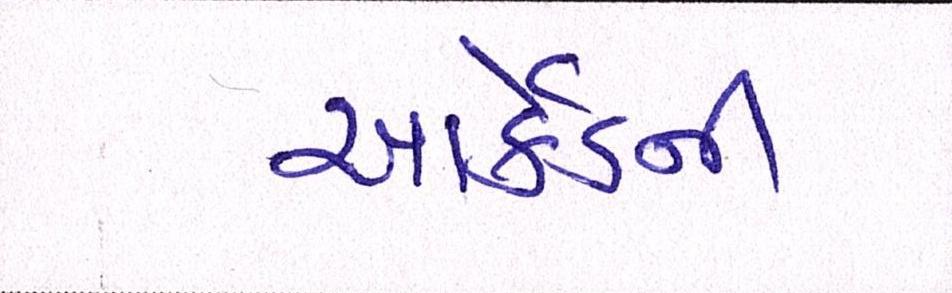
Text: આર્કેડની